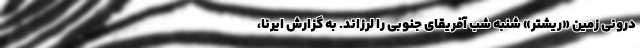
درونی زمین «ریشتر» شنبه شب آفریقای جنوبی را لرزاند. به گزارش ایرنا،